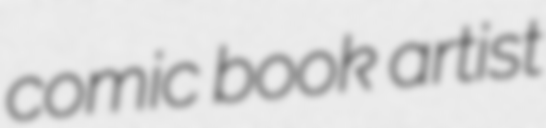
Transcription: comic book artist